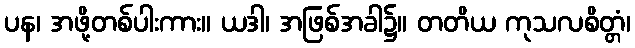
ပန၊ အဖို့တစ်ပါးကား။ ယဒါ၊ အဖြစ်အခါ၌။ တတိယ ကုသလစိတ္တံ၊